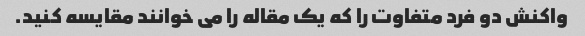
واکنش دو فرد متفاوت را که یک مقاله را می خوانند مقایسه کنید.